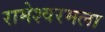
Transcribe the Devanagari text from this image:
रामेश्वरमला